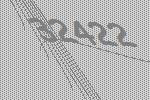
32422